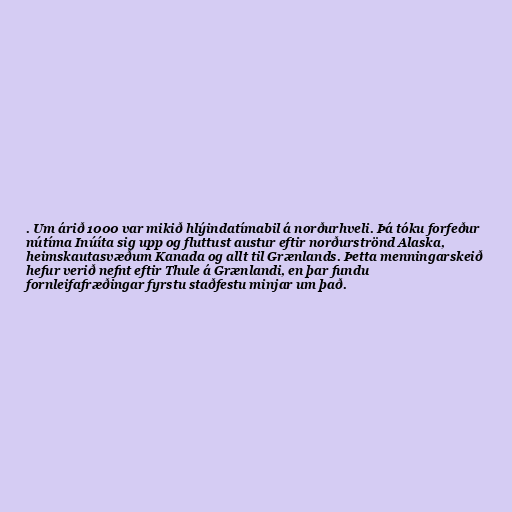
. Um árið 1000 var mikið hlýindatímabil á norðurhveli. Þá tóku forfeður
nútíma Inúíta sig upp og fluttust austur eftir norðurströnd Alaska,
heimskautasvæðum Kanada og allt til Grænlands. Þetta menningarskeið
hefur verið nefnt eftir Thule á Grænlandi, en þar fundu
fornleifafræðingar fyrstu staðfestu minjar um það.